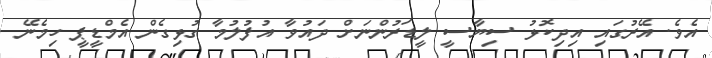
އެވެ. އޭރުގައި އިދިކޮޅު ސިޔާސީ ލީޑަރުންނަށް ދައުވާ އުފުލުމާ ގުޅިގެން އެމްޑީޕީ ހިމެނޭ